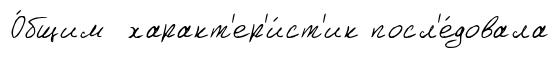
О́бщим характ'ер'и́ст'ик посл'е́довала